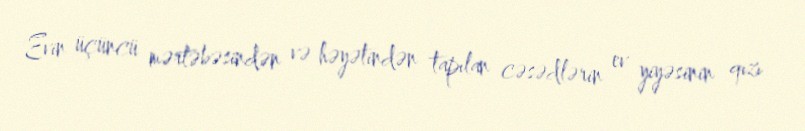
Evin üçüncü mərtəbəsindən və həyətindən tapılan cəsədlərin ev yiyəsinin qızı